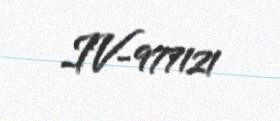
IV-977121